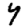
Digit: 4